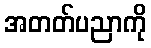
အတတ်ပညာကို